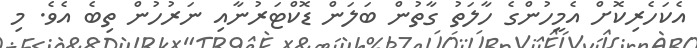
އެކަހެރިކޮށް އެމީހުންގެ ހާލަތު ގާތުން ބަލަން ޑޮކްޓަރުނާއި ނަރުހުން ތިބެ އެވެ. މި